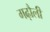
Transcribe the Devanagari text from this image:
गढ़ौली